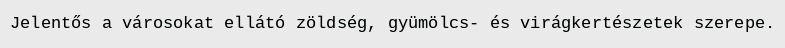
Jelentős a városokat ellátó zöldség, gyümölcs- és virágkertészetek szerepe.